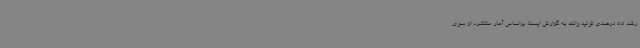
رشد 5.5 درصدی تولید وانت به گزارش ایسنا، براساس آمار منتشره از سوی